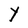
Character: Y